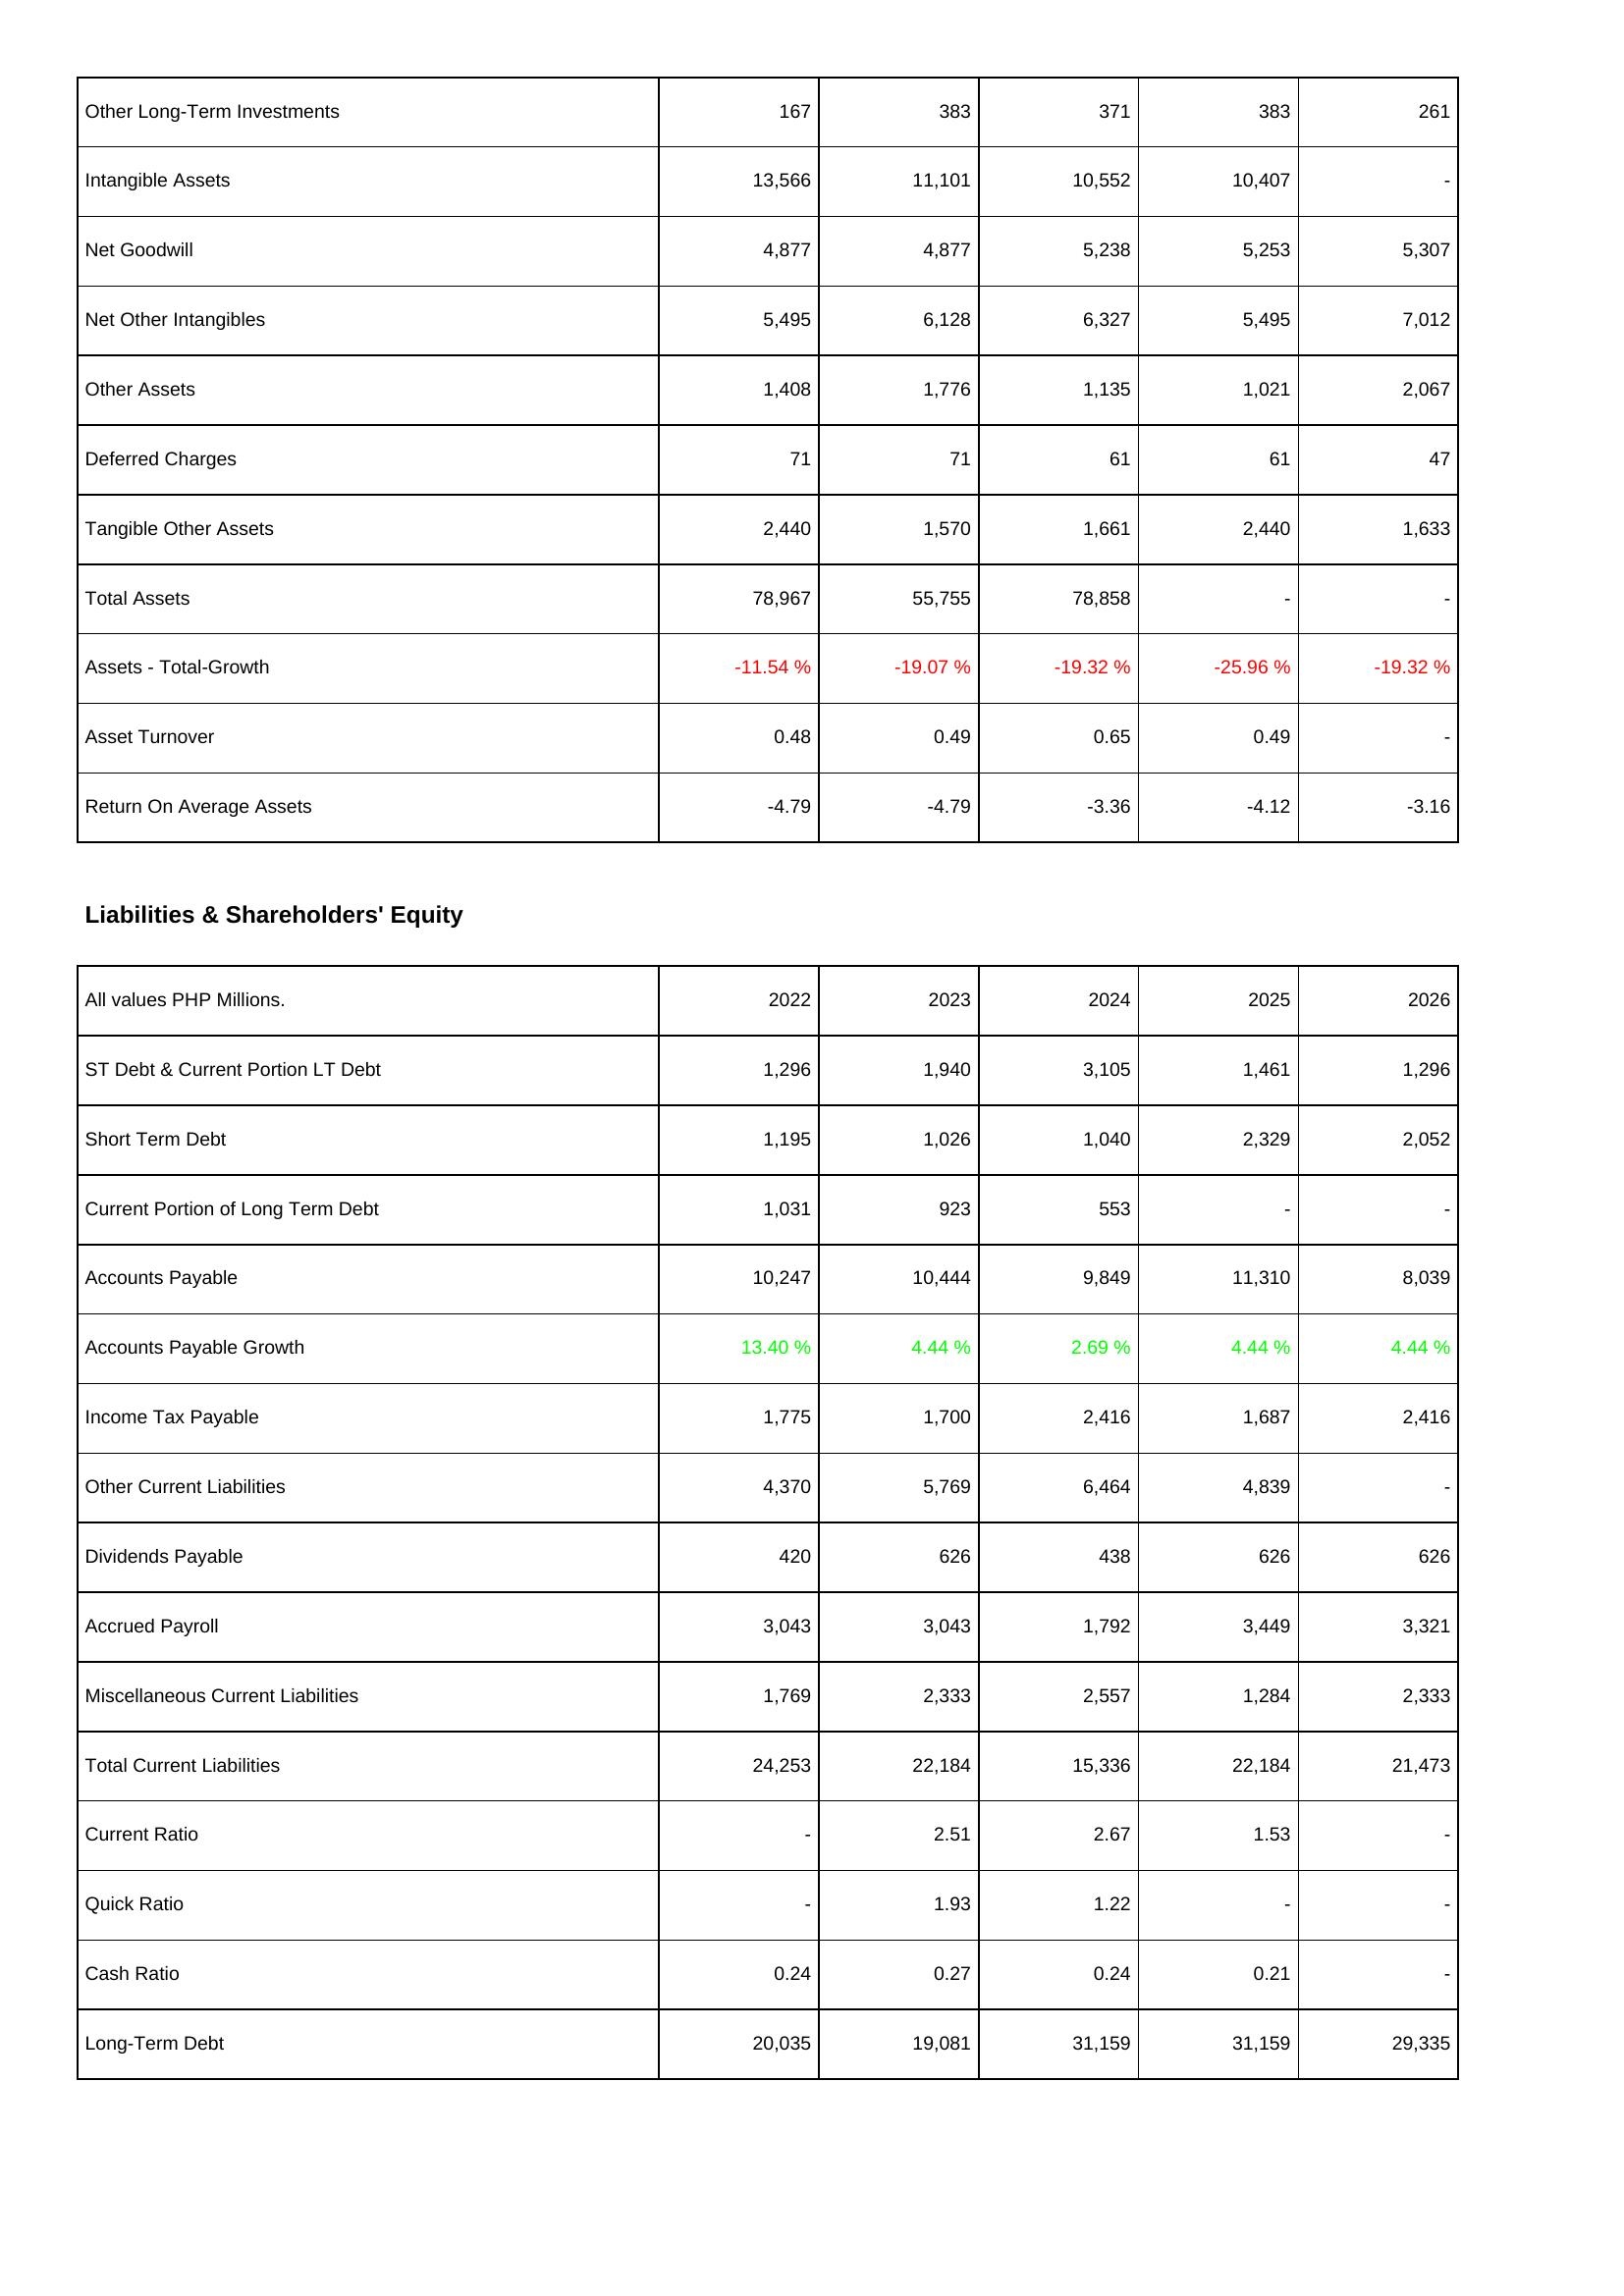
2022: Assets: Other Long-Term Investments: 167
Intangible Assets: 13,566
Net Goodwill: 4,877
Net Other Intangibles: 5,495
Other Assets: 1,408
Deferred Charges: 71
Tangible Other Assets: 2,440
Total Assets: 78,967
Assets - Total-Growth: -11.54 %
Asset Turnover: 0.48
Return On Average Assets: -4.79
Liabilities & Shareholders' Equity: ST Debt & Current Portion LT Debt: 1,296
Short Term Debt: 1,195
Current Portion of Long Term Debt: 1,031
Accounts Payable: 10,247
Accounts Payable Growth: 13.40 %
Income Tax Payable: 1,775
Other Current Liabilities: 4,370
Dividends Payable: 420
Accrued Payroll: 3,043
Miscellaneous Current Liabilities: 1,769
Total Current Liabilities: 24,253
Current Ratio: -
Quick Ratio: -
Cash Ratio: 0.24
Long-Term Debt: 20,035
2023: Assets: Other Long-Term Investments: 383
Intangible Assets: 11,101
Net Goodwill: 4,877
Net Other Intangibles: 6,128
Other Assets: 1,776
Deferred Charges: 71
Tangible Other Assets: 1,570
Total Assets: 55,755
Assets - Total-Growth: -19.07 %
Asset Turnover: 0.49
Return On Average Assets: -4.79
Liabilities & Shareholders' Equity: ST Debt & Current Portion LT Debt: 1,940
Short Term Debt: 1,026
Current Portion of Long Term Debt: 923
Accounts Payable: 10,444
Accounts Payable Growth: 4.44 %
Income Tax Payable: 1,700
Other Current Liabilities: 5,769
Dividends Payable: 626
Accrued Payroll: 3,043
Miscellaneous Current Liabilities: 2,333
Total Current Liabilities: 22,184
Current Ratio: 2.51
Quick Ratio: 1.93
Cash Ratio: 0.27
Long-Term Debt: 19,081
2024: Assets: Other Long-Term Investments: 371
Intangible Assets: 10,552
Net Goodwill: 5,238
Net Other Intangibles: 6,327
Other Assets: 1,135
Deferred Charges: 61
Tangible Other Assets: 1,661
Total Assets: 78,858
Assets - Total-Growth: -19.32 %
Asset Turnover: 0.65
Return On Average Assets: -3.36
Liabilities & Shareholders' Equity: ST Debt & Current Portion LT Debt: 3,105
Short Term Debt: 1,040
Current Portion of Long Term Debt: 553
Accounts Payable: 9,849
Accounts Payable Growth: 2.69 %
Income Tax Payable: 2,416
Other Current Liabilities: 6,464
Dividends Payable: 438
Accrued Payroll: 1,792
Miscellaneous Current Liabilities: 2,557
Total Current Liabilities: 15,336
Current Ratio: 2.67
Quick Ratio: 1.22
Cash Ratio: 0.24
Long-Term Debt: 31,159
2025: Assets: Other Long-Term Investments: 383
Intangible Assets: 10,407
Net Goodwill: 5,253
Net Other Intangibles: 5,495
Other Assets: 1,021
Deferred Charges: 61
Tangible Other Assets: 2,440
Total Assets: -
Assets - Total-Growth: -25.96 %
Asset Turnover: 0.49
Return On Average Assets: -4.12
Liabilities & Shareholders' Equity: ST Debt & Current Portion LT Debt: 1,461
Short Term Debt: 2,329
Current Portion of Long Term Debt: -
Accounts Payable: 11,310
Accounts Payable Growth: 4.44 %
Income Tax Payable: 1,687
Other Current Liabilities: 4,839
Dividends Payable: 626
Accrued Payroll: 3,449
Miscellaneous Current Liabilities: 1,284
Total Current Liabilities: 22,184
Current Ratio: 1.53
Quick Ratio: -
Cash Ratio: 0.21
Long-Term Debt: 31,159
2026: Assets: Other Long-Term Investments: 261
Intangible Assets: -
Net Goodwill: 5,307
Net Other Intangibles: 7,012
Other Assets: 2,067
Deferred Charges: 47
Tangible Other Assets: 1,633
Total Assets: -
Assets - Total-Growth: -19.32 %
Asset Turnover: -
Return On Average Assets: -3.16
Liabilities & Shareholders' Equity: ST Debt & Current Portion LT Debt: 1,296
Short Term Debt: 2,052
Current Portion of Long Term Debt: -
Accounts Payable: 8,039
Accounts Payable Growth: 4.44 %
Income Tax Payable: 2,416
Other Current Liabilities: -
Dividends Payable: 626
Accrued Payroll: 3,321
Miscellaneous Current Liabilities: 2,333
Total Current Liabilities: 21,473
Current Ratio: -
Quick Ratio: -
Cash Ratio: -
Long-Term Debt: 29,335